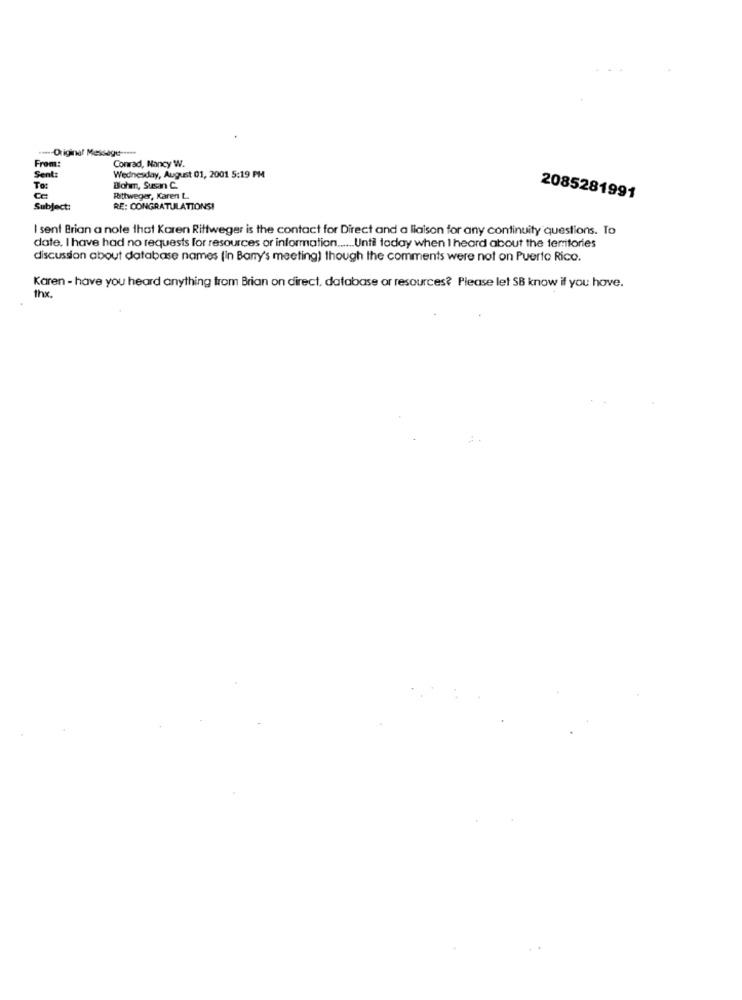
.--- Original Message --***
From:
Conrad, Nancy W.
Sent:
Wednesday, August 01, 2001 5:19 PM
To:
Bohm, Susan C.
Rittweger, Karen L.
2085281991
Subject:
RE: CONGRATULATIONS!
I sent Brian a note that Karen Rittweger is the contact for Direct and a liaison for any continuity questions. To
date. I have had no requests for resources or information ...... Until today when I heard about the territories
discussion about database names (in Bany's meeting) though the comments were not on Puerto Rico.
Karen - have you heard anything from Brian on direct, database or resources? Please let SB know if you have.
thx.